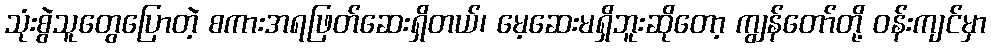
သုံးစွဲသူတွေပြောတဲ့ စကားအရဖြတ်ဆေးရှိတယ်၊ မေ့ဆေးမရှိဘူးဆိုတော့ ကျွန်တော်တို့ ဝန်းကျင်မှာ